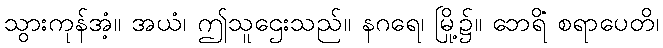
သွားကုန်အံ့။ အယံ၊ ဤသူဌေးသည်။ နဂရေ၊ မြို့၌။ ဘေရိံ စရာပေတိ၊